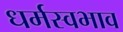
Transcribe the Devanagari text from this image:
धर्मस्वभाव